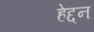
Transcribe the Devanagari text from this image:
हेद्दन